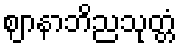
ဈာနာဘိညသုတ္တံ